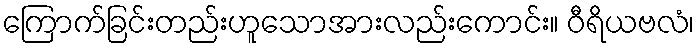
ကြောက်ခြင်းတည်းဟူသောအားလည်းကောင်း။ ဝီရိယဗလံ၊